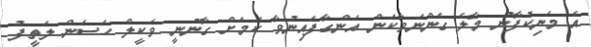
އެ މަނިކުފާނު މާލެ ގެންނަވާކަން އަންގާފައިނުވާ ކަމަށް ގާނޫނީ ވަކީލް ހަސަން ލަތީފު